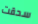
سحقت